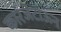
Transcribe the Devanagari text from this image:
कारंजेटाऊन